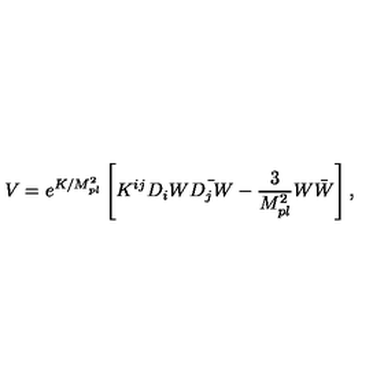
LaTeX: V = e ^ { K / M _ { p l } ^ { 2 } } \left[ K ^ { i j } D _ { i } W \bar { D _ { j } W } - \frac { 3 } { M _ { p l } ^ { 2 } } W \bar { W } \right] ,